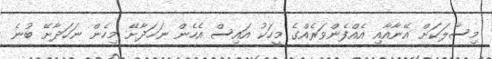
މިސާލަކަށް އޭނާއާއި އެއްފެންވަރެއްގެ މީހަކު އައިސް އެހެން ނަހަދާށޭ މިހެން ނަހަދާށޭ ބުނެ